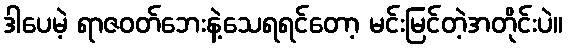
ဒါပေမဲ့ ရာဇဝတ်ဘေးနဲ့သေရရင်တော့ မင်းမြင်တဲ့အတိုင်းပဲ။